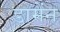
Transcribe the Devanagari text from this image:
डामेंन